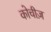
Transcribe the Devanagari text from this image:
कोचीज़